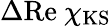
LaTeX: \Delta\mathrm{Re}~{\chi}_{\mathrm{KS}}